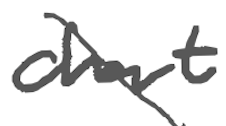
Text: chart
Cross-out: diagonal
Writing tool: digital_gray